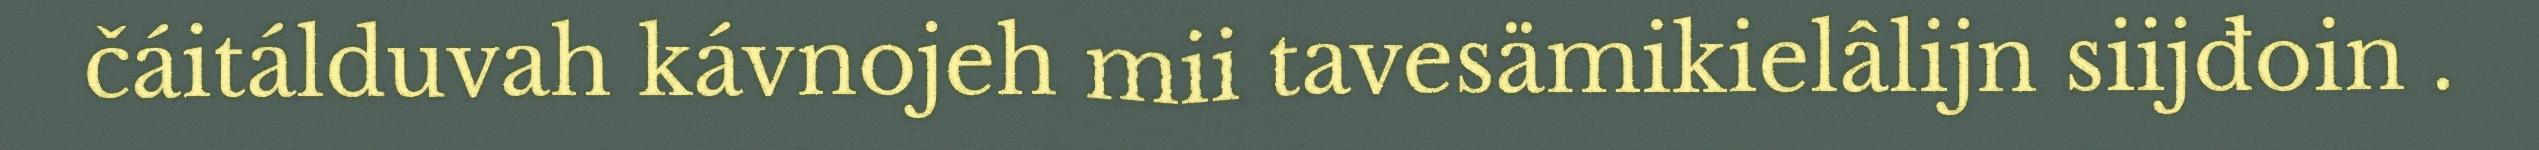
čáitálduvah kávnojeh mii tavesämikielâlijn siijđoin .